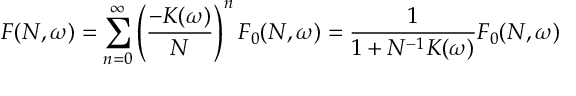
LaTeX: { \cal F } ( N , \omega ) = \sum _ { n = 0 } ^ { \infty } \left( \frac { - K ( \omega ) } { N } \right) ^ { n } { \cal F } _ { 0 } ( N , \omega ) = \frac { 1 } { 1 + N ^ { - 1 } K ( \omega ) } { \cal F } _ { 0 } ( N , \omega )